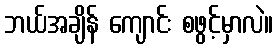
ဘယ်အချိန် ကျောင်း စဖွင့်မှာလဲ။